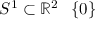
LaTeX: S ^ { 1 } \subset \mathbb { R } ^ { 2 } \setminus \{ 0 \}